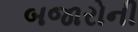
બજારોની